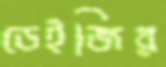
ডেইজির